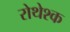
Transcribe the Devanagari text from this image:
रोथेश्क